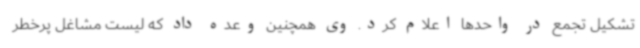
تشکیل تجمع در واحدها اعلام کرد. وی همچنین وعده داد که لیست مشاغل پرخطر